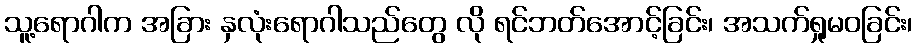
သူ့ရောဂါက အခြား နှလုံးရောဂါသည်တွေ လို ရင်ဘတ်အောင့်ခြင်း၊ အသက်ရှုမဝခြင်း၊